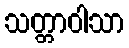
သတ္တာဝါသာ